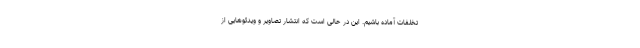
تخلفات آماده باشیم. این در حالی است که انتشار تصاویر و ویدئوهایی از